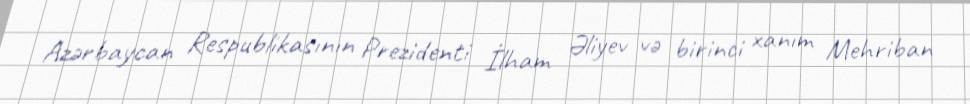
Azərbaycan Respublikasının Prezidenti İlham Əliyev və birinci xanım Mehriban